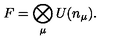
F = \bigotimes _ { \mu } U ( n _ { \mu } ) .